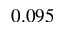
0 . 0 9 5